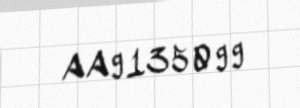
AA9135099